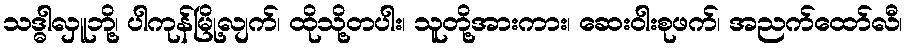
သဒ္ဓါလှူဘို့၊ ပါကုန်မြို့လျက်၊ ထိုသို့တပါး၊ သူတို့အားကား၊ ဆေးဝါးစုဖက်၊ အညက်ထော်လီ၊